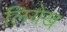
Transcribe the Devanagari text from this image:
लियेख